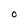
Character: 0